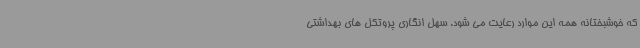
که خوشبختانه همه این موارد رعایت می شود. سهل انگاری پروتکل های بهداشتی